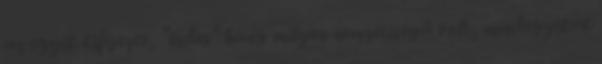
az egyik kifejezte, "érdes" hang milyen nemzetiségű volt, mindegyikük